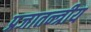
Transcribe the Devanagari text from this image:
प्रजातन्त्रीय